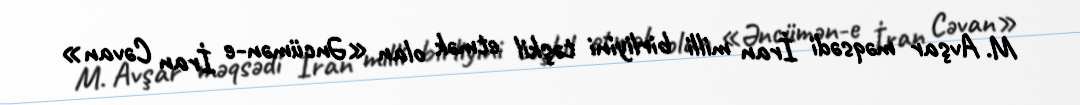
M. Avşar məqsədi İran milli birliyini təşkil etmək olan «Əncümən-e İran Cəvan»